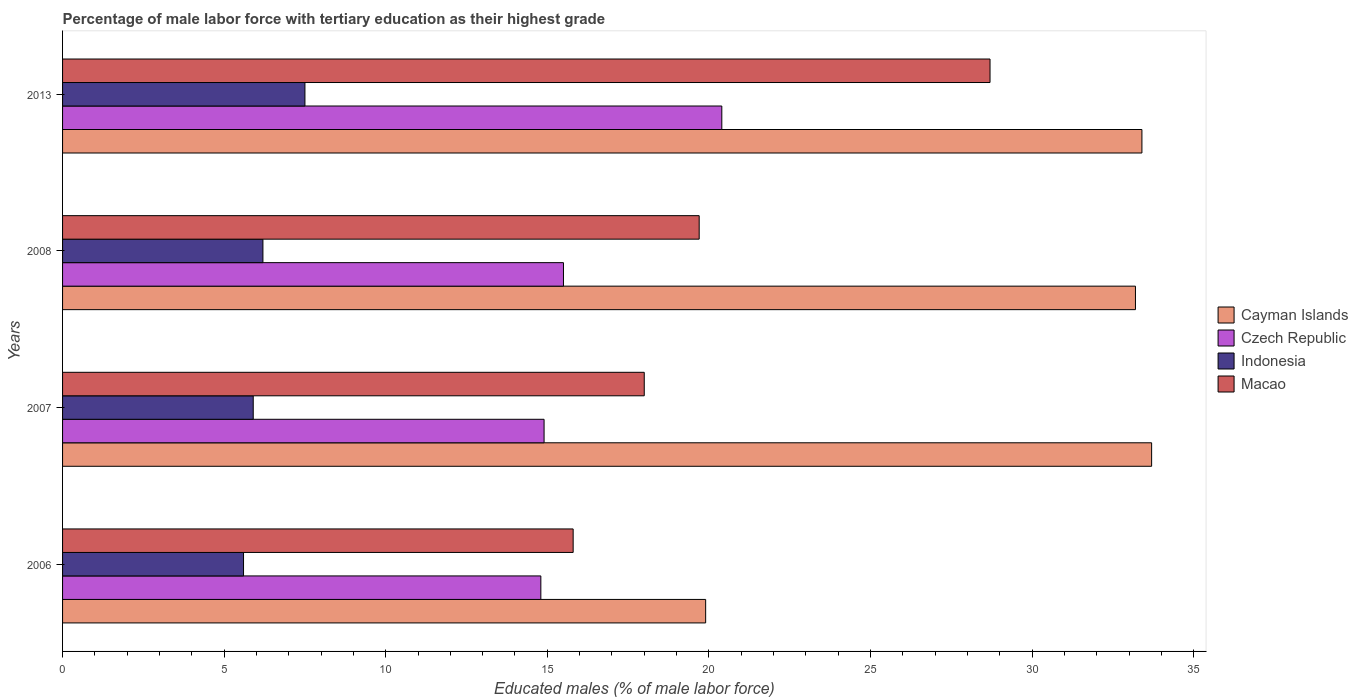
| Years | Cayman Islands | Czech Republic | Indonesia | Macao |
 | --- | --- | --- | --- | --- |
 | 2006 | 19.9 | 14.8 | 5.6 | 15.8 |
 | 2007 | 33.7 | 14.9 | 5.9 | 18 |
 | 2008 | 33.2 | 15.5 | 6.2 | 19.7 |
 | 2013 | 33.4 | 20.4 | 7.5 | 28.7 |